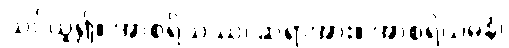
သင်ယူ၍။ အာစရိယဿ၊ ဆရာအား။ အာစရိယဓနံ၊